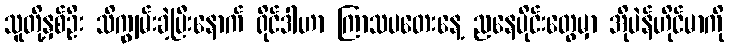
သူတို့နှစ်ဦး သိကျွမ်းခဲ့ပြီးနောက် ရိုင်ဒါဟာ ကြာသပတေးနေ့ ညနေပိုင်းတွေမှာ အိုပဲန်ဟိုင်မာကို